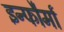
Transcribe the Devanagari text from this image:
इन्फौर्मा